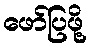
ဖော်ပြဖို့